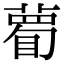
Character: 𥊄